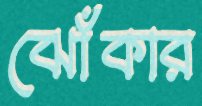
ঝোঁকার